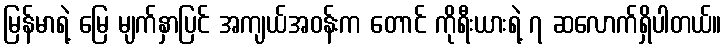
မြန်မာရဲ့ မြေ မျက်နှာပြင် အကျယ်အဝန်းက တောင် ကိုရီးယားရဲ့ ၇ ဆလောက်ရှိပါတယ်။